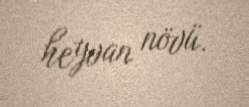
heyvan növü.